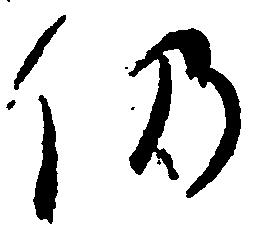
仍